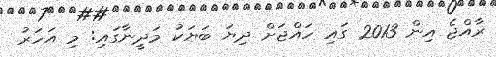
ރާއްޖެ އިން 2013 ގައި ހައްޖަށް ދިޔަ ބަޔަކު މަދީނާގައި: މި އަހަރު